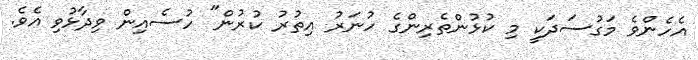
އެހެންވެ މަގުސަދަކީ މި ކުޅުންތެރިންގެ ހުނަރު އިތުރު ކުރުން" ހުސެއިން ވިދާޅުވި އެވެ.